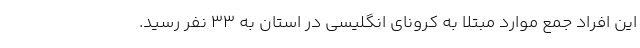
این افراد جمع موارد مبتلا به کرونای انگلیسی در استان به ۳۳ نفر رسید.